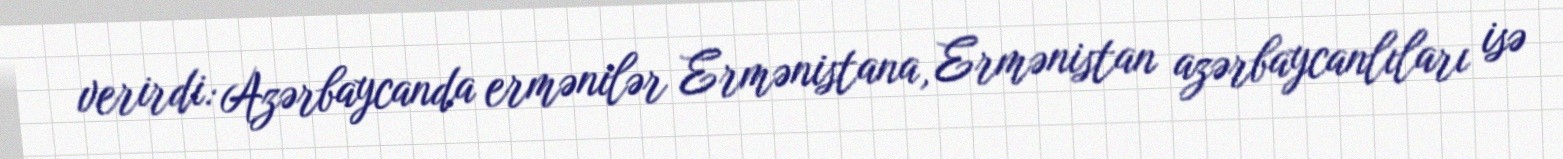
verirdi: Azərbaycanda ermənilər Ermənistana, Ermənistan azərbaycanlıları isə